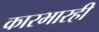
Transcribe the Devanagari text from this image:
कारभारही